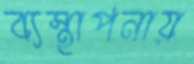
ব্যস্থাপনায়